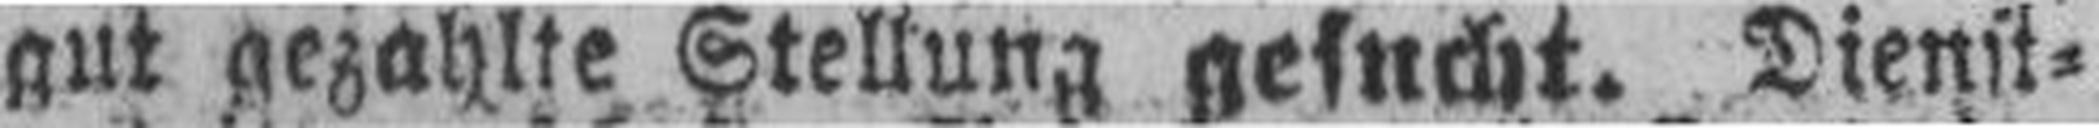
gut gezahlte Stellung gesucht. Dienst¬